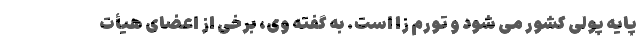
پایه پولی کشور می شود و تورم زا است. به گفته وی، برخی از اعضای هیأت